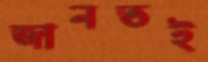
জানতই